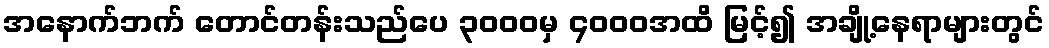
အနောက်ဘက် တောင်တန်းသည်ပေ ၃၀၀၀မှ ၄၀၀၀အထိ မြင့်၍ အချို့နေရာများတွင်